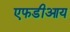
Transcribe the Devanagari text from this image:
एफडीआय